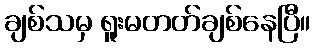
ချစ်သမှ ရူးမတတ်ချစ်နေပြီ။